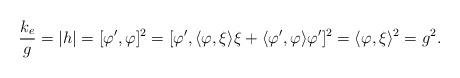
LaTeX: \begin{align*} \frac{k_e}{g} = |h| = [\varphi',\varphi]^2 = [\varphi',\langle\varphi,\xi\rangle\xi + \langle\varphi',\varphi\rangle\varphi']^2 = \langle\varphi,\xi\rangle^2 = g^2.\end{align*}